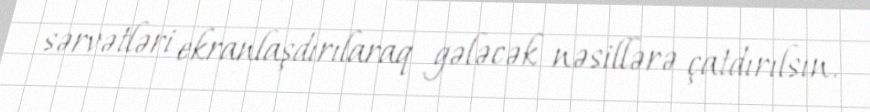
sərvətləri ekranlaşdırılaraq gələcək nəsillərə çatdırılsın.